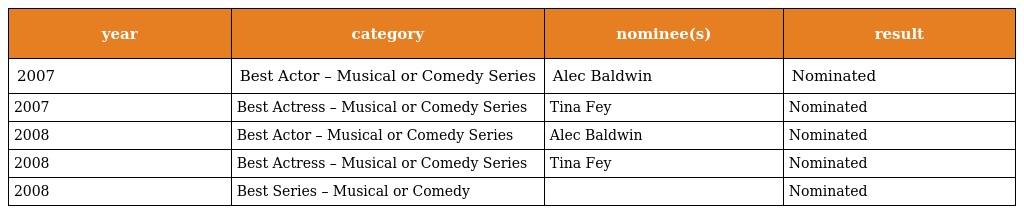
| year | category | nominee(s) | result |
 | --- | --- | --- | --- |
 | 2007 | Best Actor – Musical or Comedy Series | Alec Baldwin | Nominated |
 | 2007 | Best Actress – Musical or Comedy Series | Tina Fey | Nominated |
 | 2008 | Best Actor – Musical or Comedy Series | Alec Baldwin | Nominated |
 | 2008 | Best Actress – Musical or Comedy Series | Tina Fey | Nominated |
 | 2008 | Best Series – Musical or Comedy |  | Nominated |